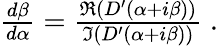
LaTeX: \begin{array}{r}{\frac{d\beta}{d\alpha}=\frac{\Re\left(D^{\prime}(\alpha+i\beta)\right)}{\Im\left(D^{\prime}(\alpha+i\beta)\right)}\; .}\end{array}